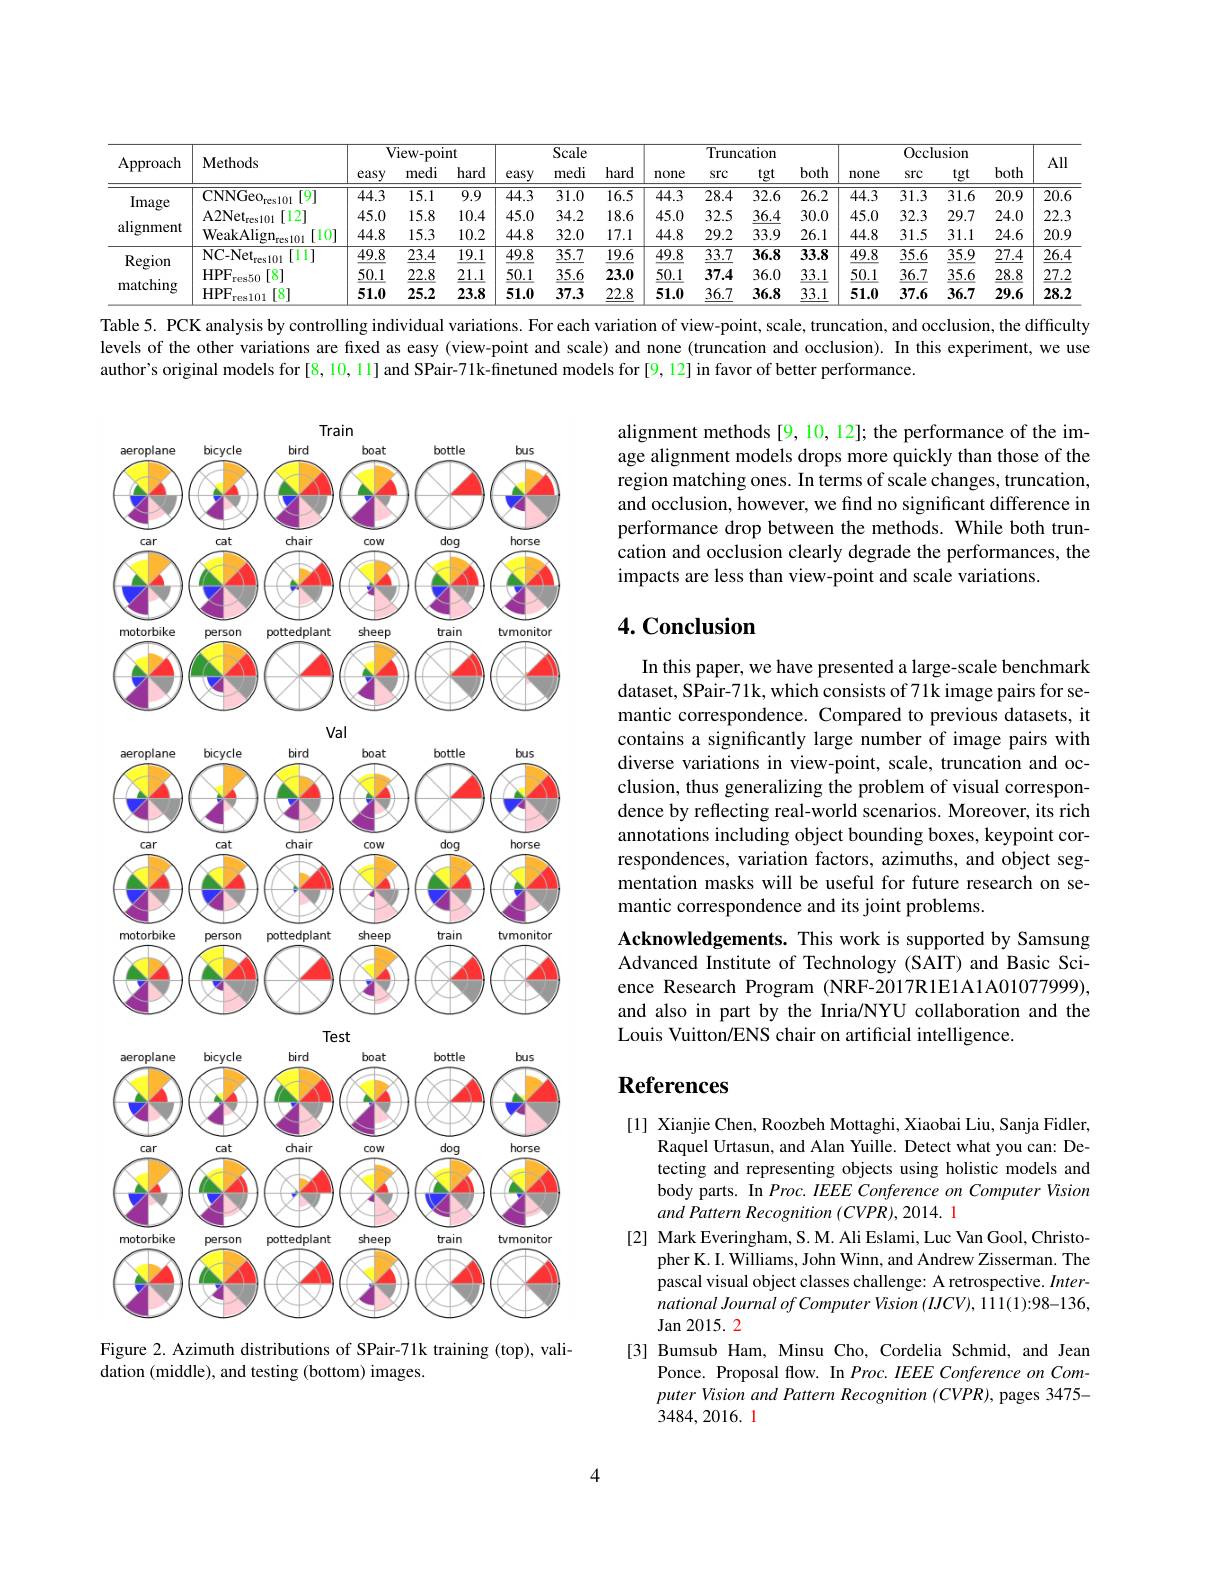
<table>
	<tbody>
		<tr>
			<th rowspan="2">Approach</th>
			<th rowspan="2">Methods</th>
			<th colspan="3">View- point</th>
			<th colspan="4">Scale</th>
			<th colspan="4">Truncation</th>
			<th> </th>
			<th colspan="3">Occlusion</th>
			<th rowspan="2">All</th>
		</tr>
		<tr>
			<th>easy</th>
			<th>medi</th>
			<th>hard</th>
			<th>easy</th>
			<th>medi</th>
			<th>$di$ ha</th>
			<th>hard</th>
			<th>none</th>
			<th>src</th>
			<th>src</th>
			<th>botr</th>
			<th>none</th>
			<th>src</th>
			<th>tgt</th>
			<th>both</th>
		</tr>
		<tr>
			<td rowspan="3">Image alignment</td>
			<td>CNNGeores [9] s101</td>
			<td>$\overline{44.3}$</td>
			<td>$\overline{15.1}$</td>
			<td>$\overline{9.9}$</td>
			<td>$\overline{44.3}$</td>
			<td>31.0</td>
			<td>.0 16</td>
			<td>$\overline{16.5}$</td>
			<td>44.3</td>
			<td>28.4</td>
			<td>28.4</td>
			<td>$\overline{26.2}$ 5</td>
			<td>44.3</td>
			<td>$\overline{31.3}$</td>
			<td>$\overline{31.6}$</td>
			<td>20.9</td>
			<td>$\overline{20.\epsilon}$</td>
		</tr>
		<tr>
			<td>$\mathrm{A2Net}_{\mathrm{res101}}$ [12]</td>
			<td>45.0</td>
			<td>15.8</td>
			<td>10.4</td>
			<td>45.0</td>
			<td>34.2</td>
			<td>.2 18</td>
			<td>18.6</td>
			<td>45.0</td>
			<td>32.5</td>
			<td>32.5</td>
			<td>30.C 4</td>
			<td>45.0</td>
			<td>32.3</td>
			<td>29.7</td>
			<td>24.0</td>
			<td>22..</td>
		</tr>
		<tr>
			<td>$\mathrm{WeakAlign}_{\mathrm{res}101}$ [10]</td>
			<td>44.8</td>
			<td>15.3</td>
			<td>10.2</td>
			<td>44.8</td>
			<td>32.0</td>
			<td>0 17</td>
			<td>17.1</td>
			<td>44.8</td>
			<td>29.2</td>
			<td>29.2</td>
			<td>26.1 9</td>
			<td>44.8</td>
			<td>31.5</td>
			<td>31.1</td>
			<td>24.6</td>
			<td>$20.\zeta$ T </td>
		</tr>
		<tr>
			<td rowspan="3">Region matching</td>
			<td>$\mathrm{NC-Net}_{\mathrm{res}101}$ [11]</td>
			<td>49.8</td>
			<td>23.4</td>
			<td>$\overline{19.1}$</td>
			<td>49.8</td>
			<td>35.7</td>
			<td>$\underline{.7}$ 19</td>
			<td>19.6</td>
			<td>49.8</td>
			<td>$\underline{33.7}$</td>
			<td>$\underline{33.7}$</td>
			<td>$\overline{33.8}$ 8</td>
			<td>49.8</td>
			<td>$\overline{35.6}$</td>
			<td>$\underline{35.9}$</td>
			<td>27.4</td>
			<td>$\overline{26.4}$</td>
		</tr>
		<tr>
			<td>$HPF$ [8] res50</td>
			<td>50.1</td>
			<td>22.8</td>
			<td>$\underline{21.1}$</td>
			<td>$\underline{50.1}$</td>
			<td>$\underline{35.6}$</td>
			<td>.6 23</td>
			<td>23.0</td>
			<td>50.1</td>
			<td>37.4</td>
			<td>37.4</td>
			<td>33.1 $j$</td>
			<td>50.1</td>
			<td>36.7</td>
			<td>35.6</td>
			<td>28.8</td>
			<td>$\underline{27.}$</td>
		</tr>
		<tr>
			<td>$HPF$ [8] $res101$</td>
			<td>51.0</td>
			<td>25.2</td>
			<td>23.8</td>
			<td>51.0</td>
			<td>37.3</td>
			<td>.3 22</td>
			<td>22.8</td>
			<td>51.0</td>
			<td>$\underline{36.7}$</td>
			<td>$\underline{36.7}$</td>
			<td>33.1 8</td>
			<td>51.0</td>
			<td>37.6</td>
			<td>36.7</td>
			<td>29.6</td>
			<td>28.2</td>
		</tr>
	</tbody>
</table>

Table 5. PCK analysis by controlling individual variations. For each variation of view-point, scale, truncation, and occlusion, the difficulty levels of the other variations are fixed as easy (view-point and scale) and none (truncation and occlusion). In this experiment, we use author's original models for[8, 10, 11] and SPair-71k-finetuned models for[9, 12] in favor of better performance.

alignment methods [9, 10, 12]; the performance of the image alignment models drops more quickly than those of the region matching ones. In terms of scale changes, truncation, and occlusion, however, we find no significant difference in performance drop between the methods. While both truncation and occlusion clearly degrade the performances, the impacts are less than view-point and scale variations.

## $4. \textbf{Conclusion}$

In this paper, we have presented a large-scale benchmark dataset, SPair-71k, which consists of 71k image pairs for semantic correspondence. Compared to previous datasets, it contains a significantly large number of image pairs with diverse variations in view-point, scale, truncation and occlusion, thus generalizing the problem of visual correspondence by reflecting real-world scenarios. Moreover, its rich annotations including object bounding boxes, keypoint correspondences, variation factors, azimuths, and object segmentation masks will be useful for future research on semantic correspondence and its joint problems.
Acknowledgements. This work is supported by Samsung Advanced Institute of Technology (SAIT) and Basic Science Research Program (NRF-2017R1E1A1A01077999), and also in part by the Inria/NYU collaboration and the Louis Vuitton/ENS chair on artificial intelligence.

<FigureHere>
Figure 2. Azimuth distributions of SPair-71k training (top), vali-

# References

[1] Xianjie Chen, Roozbeh Mottaghi, Xiaobai Liu, Sanja Fidler,
Raquel Urtasun, and Alan Yuille. Detect what you can: Detecting and representing objects using holistic models and body parts. In Proc. IEEE Conference on Computer Vision and Pattern Recognition (CVPR), 2014. 1
[2] Mark Everingham, S. M. Ali Eslami, Luc Van Gool, Christo-
pher K. I. Williams, John Winn, and Andrew Zisserman. The pascal visual object classes challenge: A retrospective. $Inter-$ national Journal of Computer Vision (IJCV), 111(1):98-136, Jan 2015. 2
[3] Bumsub Ham, Minsu Cho, Cordelia Schmid, and Jean
Ponce. Proposal flow. In Proc. IEEE Conference on Computer Vision and Pattern Recognition (CVPR), pages 3475- 3484,2016.1

dation (middle), and testing (bottom) images.

4